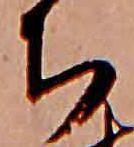
ち